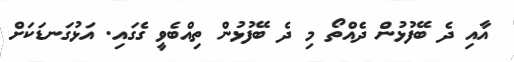
އާއި ދެ ބޭފުޅުން ދެއްތޯ މި ދެ ބޭފުޅުން ތިއްބެވީ ގެގައި. އަޅުގަނޑަކަށް